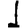
Digit: 1